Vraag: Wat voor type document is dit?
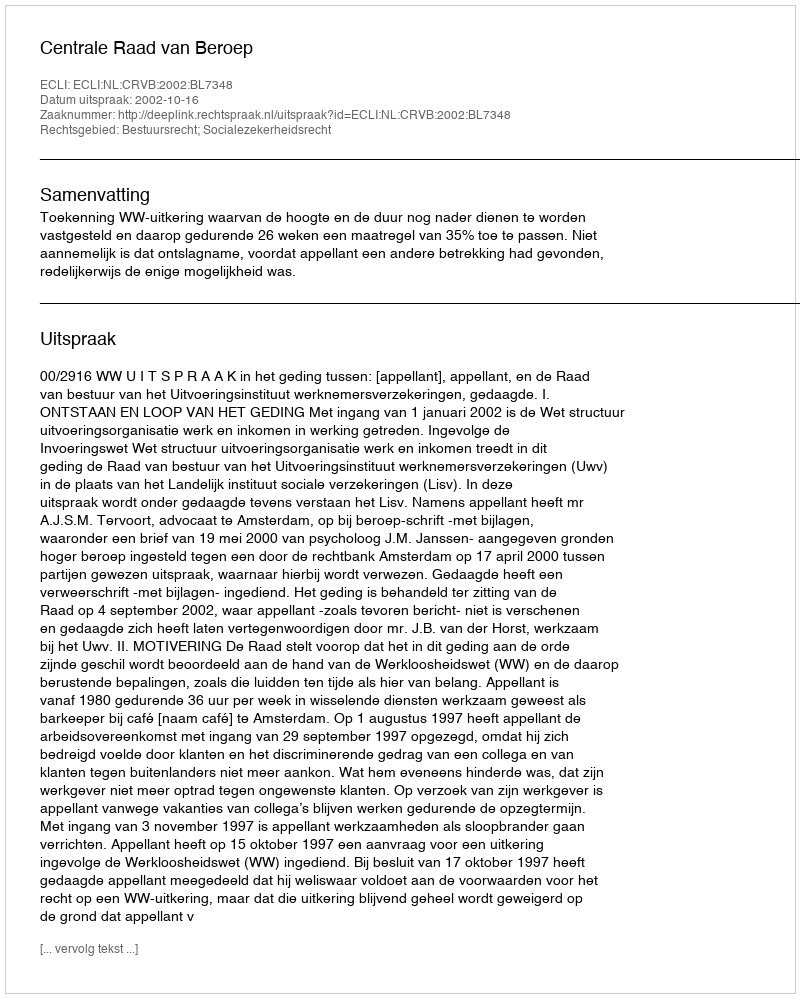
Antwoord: Uitspraak